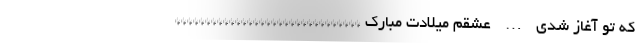
که تو آغاز شدی … عشقم میلادت مبارک *******************************